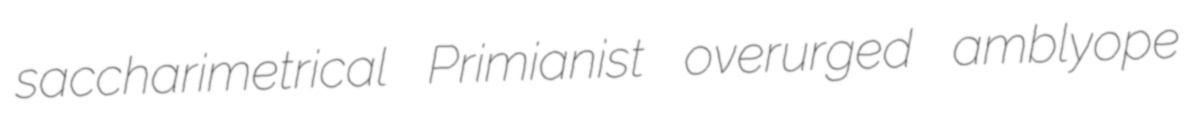
saccharimetrical Primianist overurged amblyope